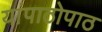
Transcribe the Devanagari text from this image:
यांपाठोपाठ